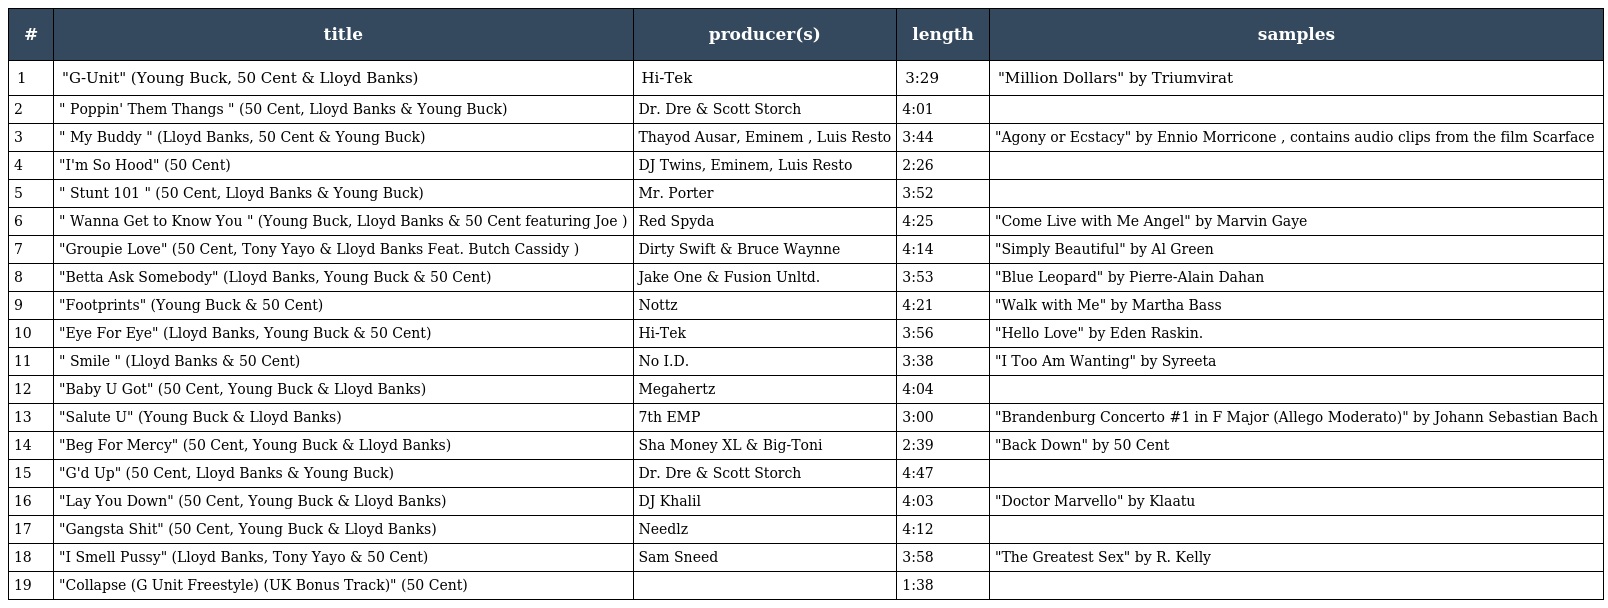
| # | title | producer(s) | length | samples |
 | --- | --- | --- | --- | --- |
 | 1 | "G-Unit" (Young Buck, 50 Cent & Lloyd Banks) | Hi-Tek | 3:29 | "Million Dollars" by Triumvirat |
 | 2 | " Poppin' Them Thangs " (50 Cent, Lloyd Banks & Young Buck) | Dr. Dre & Scott Storch | 4:01 |  |
 | 3 | " My Buddy " (Lloyd Banks, 50 Cent & Young Buck) | Thayod Ausar, Eminem , Luis Resto | 3:44 | "Agony or Ecstacy" by Ennio Morricone , contains audio clips from the film Scarface |
 | 4 | "I'm So Hood" (50 Cent) | DJ Twins, Eminem, Luis Resto | 2:26 |  |
 | 5 | " Stunt 101 " (50 Cent, Lloyd Banks & Young Buck) | Mr. Porter | 3:52 |  |
 | 6 | " Wanna Get to Know You " (Young Buck, Lloyd Banks & 50 Cent featuring Joe ) | Red Spyda | 4:25 | "Come Live with Me Angel" by Marvin Gaye |
 | 7 | "Groupie Love" (50 Cent, Tony Yayo & Lloyd Banks Feat. Butch Cassidy ) | Dirty Swift & Bruce Waynne | 4:14 | "Simply Beautiful" by Al Green |
 | 8 | "Betta Ask Somebody" (Lloyd Banks, Young Buck & 50 Cent) | Jake One & Fusion Unltd. | 3:53 | "Blue Leopard" by Pierre-Alain Dahan |
 | 9 | "Footprints" (Young Buck & 50 Cent) | Nottz | 4:21 | "Walk with Me" by Martha Bass |
 | 10 | "Eye For Eye" (Lloyd Banks, Young Buck & 50 Cent) | Hi-Tek | 3:56 | "Hello Love" by Eden Raskin. |
 | 11 | " Smile " (Lloyd Banks & 50 Cent) | No I.D. | 3:38 | "I Too Am Wanting" by Syreeta |
 | 12 | "Baby U Got" (50 Cent, Young Buck & Lloyd Banks) | Megahertz | 4:04 |  |
 | 13 | "Salute U" (Young Buck & Lloyd Banks) | 7th EMP | 3:00 | "Brandenburg Concerto #1 in F Major (Allego Moderato)" by Johann Sebastian Bach |
 | 14 | "Beg For Mercy" (50 Cent, Young Buck & Lloyd Banks) | Sha Money XL & Big-Toni | 2:39 | "Back Down" by 50 Cent |
 | 15 | "G'd Up" (50 Cent, Lloyd Banks & Young Buck) | Dr. Dre & Scott Storch | 4:47 |  |
 | 16 | "Lay You Down" (50 Cent, Young Buck & Lloyd Banks) | DJ Khalil | 4:03 | "Doctor Marvello" by Klaatu |
 | 17 | "Gangsta Shit" (50 Cent, Young Buck & Lloyd Banks) | Needlz | 4:12 |  |
 | 18 | "I Smell Pussy" (Lloyd Banks, Tony Yayo & 50 Cent) | Sam Sneed | 3:58 | "The Greatest Sex" by R. Kelly |
 | 19 | "Collapse (G Unit Freestyle) (UK Bonus Track)" (50 Cent) |  | 1:38 |  |